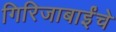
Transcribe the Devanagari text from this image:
गिरिजाबाईंचे